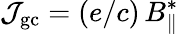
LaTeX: {\cal J}_{\mathrm{gc}}=(e/c)\, B_{\| }^{*}